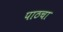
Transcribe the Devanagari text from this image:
पाठचा